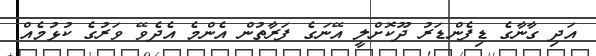
އަދި ގާނާގެ ޑިފެންޑަރު ދޫކޮށްލީ އޭނަގެ ފަރާތުން އެންމެ އެދެވޭ ވަރުގެ ކުޅުމެއް